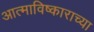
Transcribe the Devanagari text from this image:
आत्माविष्काराच्या